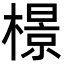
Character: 𬄣